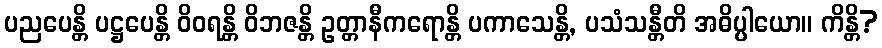
ပညပေန္တိ ပဋ္ဌပေန္တိ ဝိဝရန္တိ ဝိဘဇန္တိ ဥတ္တာနီကရောန္တိ ပကာသေန္တိ, ပသံသန္တီတိ အဓိပ္ပါယော။ ကိန္တိ?